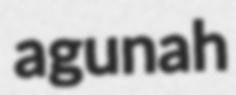
agunah